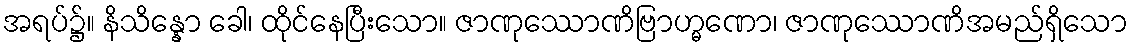
အရပ်၌။ နိသိန္နော ခေါ၊ ထိုင်နေပြီးသော။ ဇာဏုဿောဏိဗြာဟ္မဏော၊ ဇာဏုဿောဏိအမည်ရှိသော